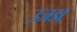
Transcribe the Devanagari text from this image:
उजडा